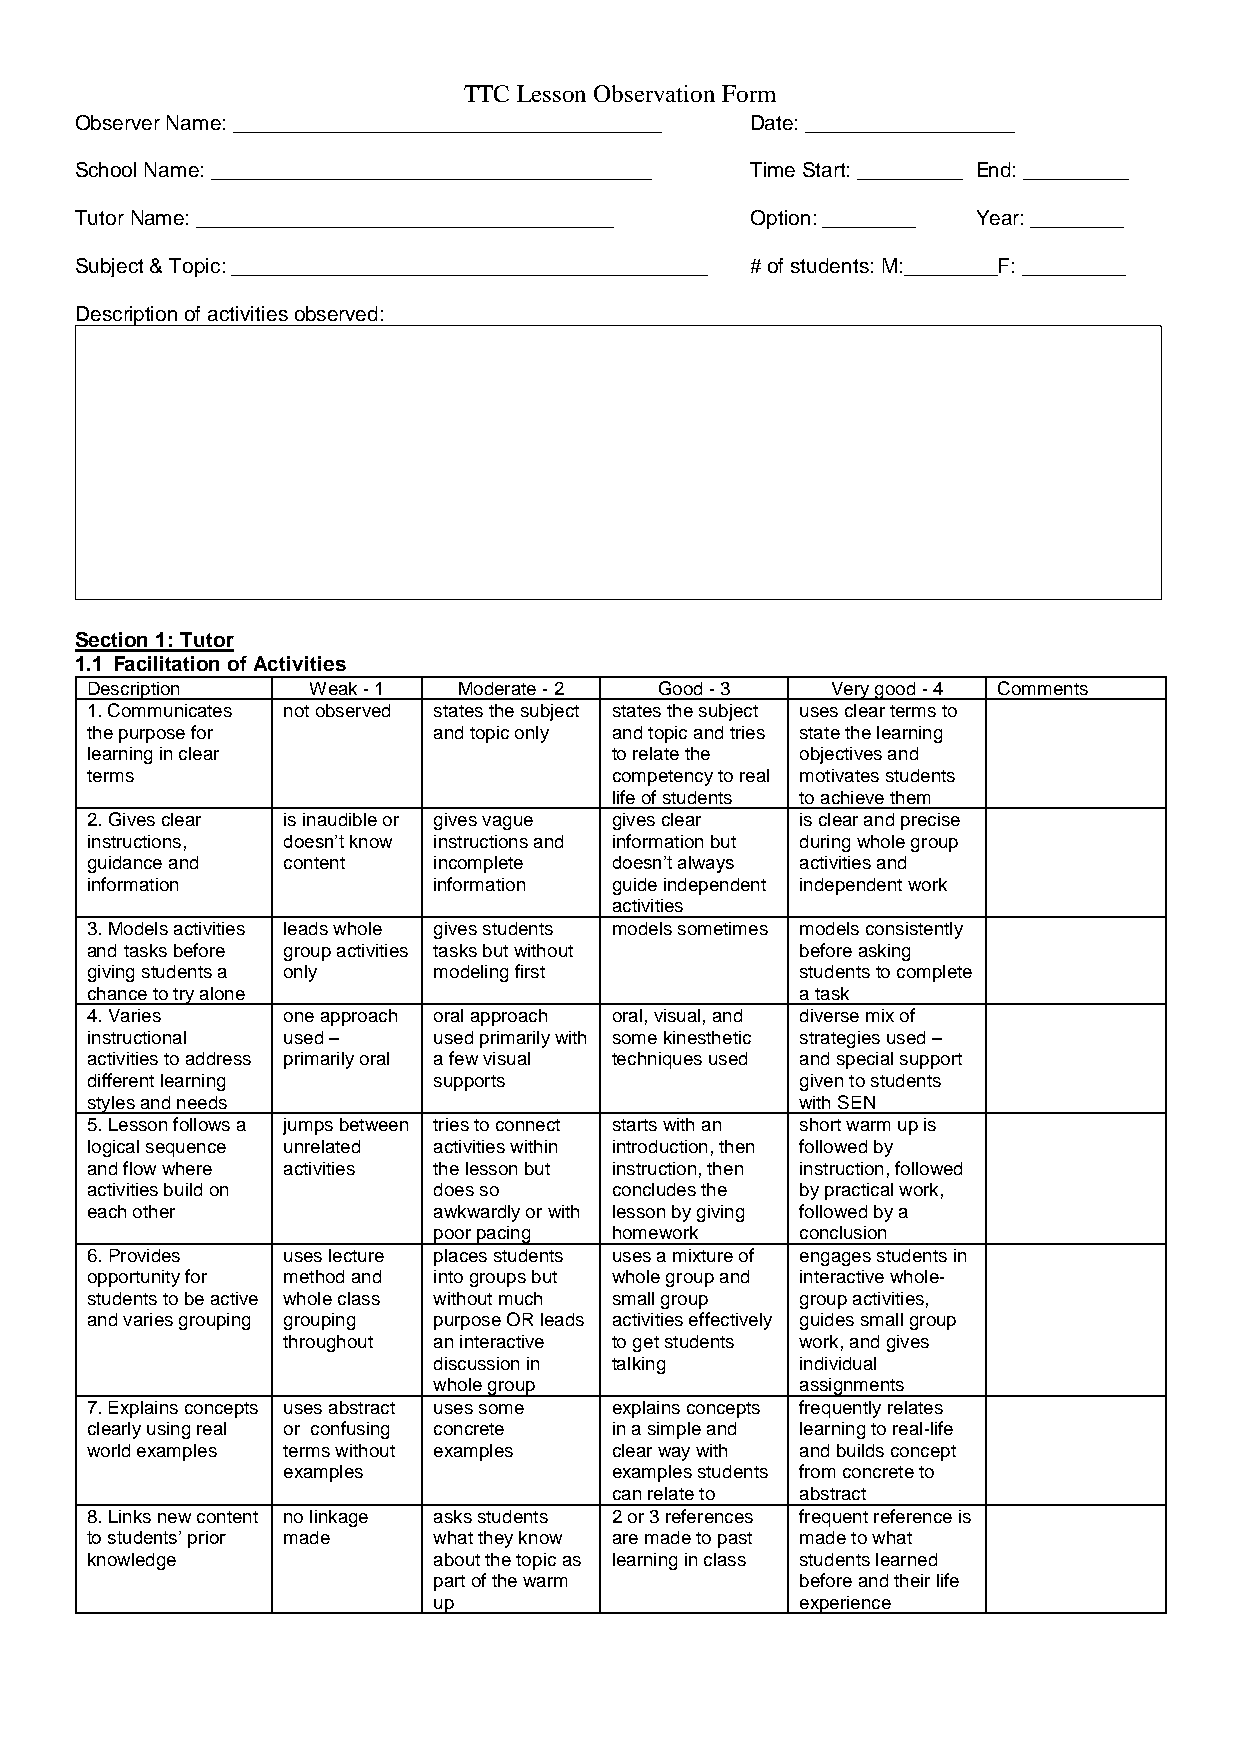
TTC Lesson Observation Form
 Observer Name: _____________________________________ Date: __________________
 School Name: ______________________________________ Time Start: _________ End: _________
 Tutor Name: ____________________________________ Option: ________ Year: ________
 Subject & Topic: _________________________________________ # of students: M:________F: _________
 Description of activities observed:
 Section 1: Tutor
 1.1 Facilitation of Activities
 Description   Weak - 1  Moderate - 2  Good - 3   Very good - 4 Comments
 1. Communicates not observed states the subject states the subject uses clear terms to
 the purpose for        and topic only and topic and tries state the learning
 learning in clear                 to relate the objectives and
 terms                             competency to real motivates students
 life of students to achieve them
 2. Gives clear is inaudible or gives vague gives clear is clear and precise
 instructions, doesn’t know instructions and information but during whole group
 guidance and content   incomplete doesn’t always activities and
 information            information guide independent independent work
 activities
 3. Models activities leads whole gives students models sometimes models consistently
 and tasks before group activities tasks but without before asking
 giving students a only modeling first          students to complete
 chance to try alone                            a task
 4. Varies    one approach oral approach oral, visual, and diverse mix of
 instructional used –   used primarily with some kinesthetic strategies used –
 activities to address primarily oral a few visual techniques used and special support
 different learning     supports                given to students
 styles and needs                               with SEN
 5. Lesson follows a jumps between tries to connect starts with an short warm up is
 logical sequence unrelated activities within introduction, then followed by
 and flow where activities the lesson but instruction, then instruction, followed
 activities build on    does so    concludes the by practical work,
 each other             awkwardly or with lesson by giving followed by a
 poor pacing homework    conclusion
 6. Provides  uses lecture places students uses a mixture of engages students in
 opportunity for method and into groups but whole group and interactive whole-
 students to be active whole class without much small group group activities,
 and varies grouping grouping purpose OR leads activities effectively guides small group
 throughout an interactive to get students work, and gives
 discussion in talking   individual
 whole group             assignments
 7. Explains concepts uses abstract uses some explains concepts frequently relates
 clearly using real or confusing concrete in a simple and learning to real-life
 world examples terms without examples clear way with and builds concept
 examples             examples students from concrete to
 can relate to abstract
 8. Links new content no linkage asks students 2 or 3 references frequent reference is
 to students’ prior made what they know are made to past made to what
 knowledge              about the topic as learning in class students learned
 part of the warm        before and their life
 up                      experience